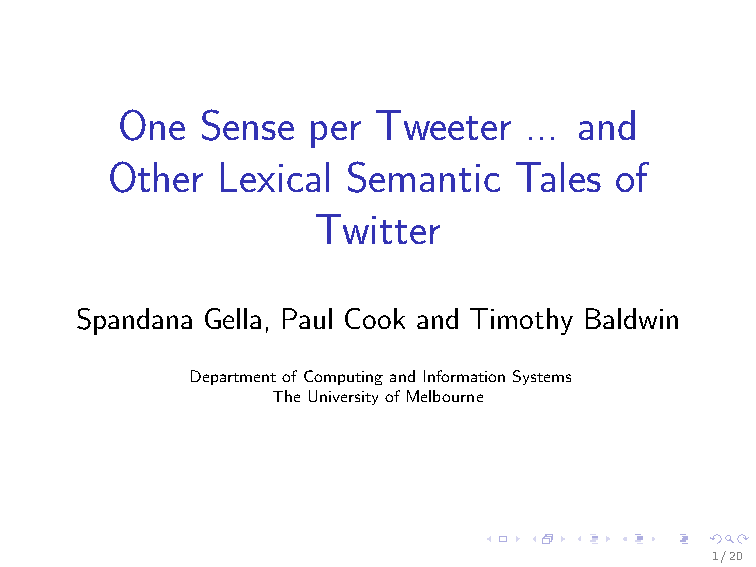
One  Sense  per  Tweeter   ... and
 Other  Lexical  Semantic   Tales  of
 Twitter
 Spandana Gella, Paul Cook and Timothy Baldwin
 DepartmentofComputingandInformationSystems
 TheUniversityofMelbourne
 1/20